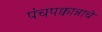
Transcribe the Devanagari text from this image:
पंचपक्वान्नाचे